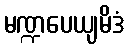
မဏ္ဍပေယျမိဒံ